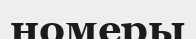
номеры